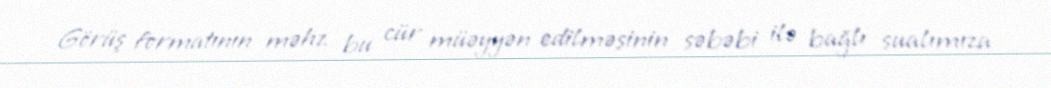
Görüş formatının məhz bu cür müəyyən edilməsinin səbəbi ilə bağlı sualımıza